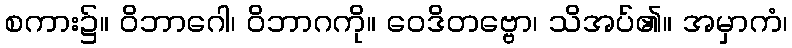
စကား၌။ ဝိဘာဂေါ၊ ဝိဘာဂကို။ ဝေဒိတဗ္ဗော၊ သိအပ်၏။ အမှာကံ၊